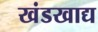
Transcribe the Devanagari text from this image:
खंडखाद्य